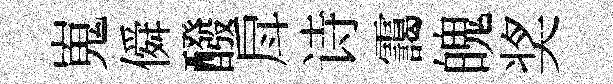
嵬僢醱戽诗靄魄奖